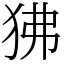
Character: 狒